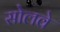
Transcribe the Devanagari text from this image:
सोलवे